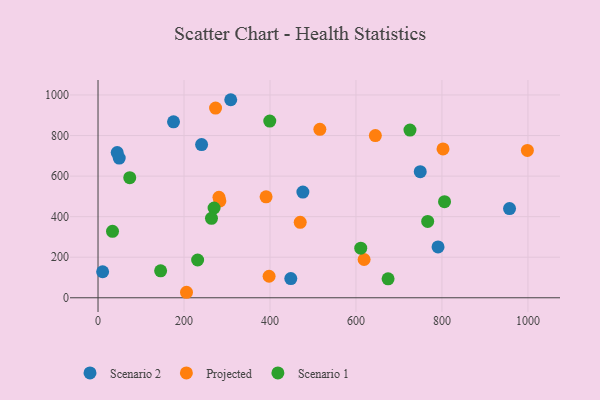
{"axis": {"x": "Speed", "y": "Salary"}, "legend": ["Projected", "Scenario 1", "Scenario 2"], "data": [{"x": "49.3", "y": 689.1, "type": "Scenario 2"}, {"x": "175.6", "y": 867.7, "type": "Scenario 2"}, {"x": "308.7", "y": 976.6, "type": "Scenario 2"}, {"x": "957.2", "y": 440.0, "type": "Scenario 2"}, {"x": "790.9", "y": 250.7, "type": "Scenario 2"}, {"x": "240.9", "y": 755.3, "type": "Scenario 2"}, {"x": "10.7", "y": 128.4, "type": "Scenario 2"}, {"x": "44.6", "y": 715.9, "type": "Scenario 2"}, {"x": "749.5", "y": 621.8, "type": "Scenario 2"}, {"x": "448.4", "y": 94.6, "type": "Scenario 2"}, {"x": "476.5", "y": 521.1, "type": "Scenario 2"}, {"x": "205.8", "y": 27.1, "type": "Projected"}, {"x": "470.3", "y": 372.1, "type": "Projected"}, {"x": "618.9", "y": 188.7, "type": "Projected"}, {"x": "283.5", "y": 477.8, "type": "Projected"}, {"x": "516.0", "y": 830.8, "type": "Projected"}, {"x": "273.4", "y": 935.2, "type": "Projected"}, {"x": "390.9", "y": 497.7, "type": "Projected"}, {"x": "397.9", "y": 106.0, "type": "Projected"}, {"x": "281.3", "y": 495.2, "type": "Projected"}, {"x": "802.5", "y": 734.1, "type": "Projected"}, {"x": "998.7", "y": 726.8, "type": "Projected"}, {"x": "645.1", "y": 799.7, "type": "Projected"}, {"x": "269.9", "y": 442.6, "type": "Scenario 1"}, {"x": "806.0", "y": 474.0, "type": "Scenario 1"}, {"x": "73.8", "y": 592.2, "type": "Scenario 1"}, {"x": "611.1", "y": 244.7, "type": "Scenario 1"}, {"x": "725.6", "y": 826.9, "type": "Scenario 1"}, {"x": "263.9", "y": 391.7, "type": "Scenario 1"}, {"x": "766.8", "y": 376.6, "type": "Scenario 1"}, {"x": "231.7", "y": 186.3, "type": "Scenario 1"}, {"x": "399.5", "y": 871.3, "type": "Scenario 1"}, {"x": "145.6", "y": 132.9, "type": "Scenario 1"}, {"x": "33.7", "y": 327.7, "type": "Scenario 1"}, {"x": "674.7", "y": 93.6, "type": "Scenario 1"}]}